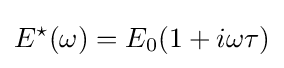
E^{\star }(\omega )=E_{0}(1+i\omega \tau )